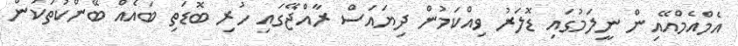
އެމްއެމްއޭއިން ނީލަމުގައި ޑޮލަރު ވިއްކަމުން ދިޔައަސް ރާއްޖޭގައި ހުރި ބޮޑަތި ބައެއް ބޭންކުތަކުން